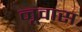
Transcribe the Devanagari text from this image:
नूवास